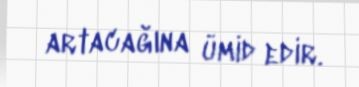
artacağına ümid edir.